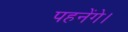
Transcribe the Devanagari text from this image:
पहनेंगे।